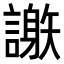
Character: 𧬄